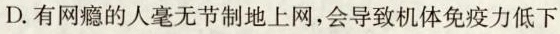
D.有网瘾的人毫无节制地上网，会导致机体免疫力低下